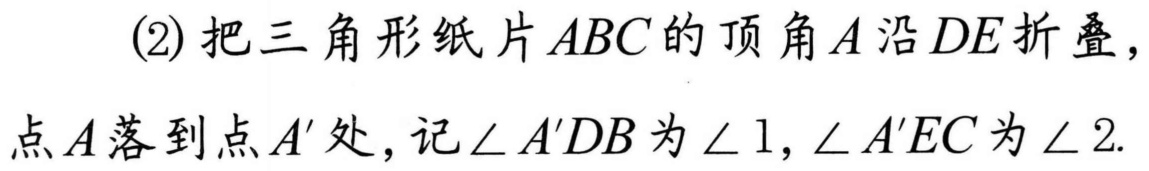
(2)把三角形纸片$ABC$的顶角$A$沿$DE$折叠，
点$A$落到点$A'$处，记$\angle A'DB$为$\angle 1,\angle A'EC$为$\angle 2.$